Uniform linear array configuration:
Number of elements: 16
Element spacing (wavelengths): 0.75
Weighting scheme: cosine
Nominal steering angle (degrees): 45
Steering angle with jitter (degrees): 44.793
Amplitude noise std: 0.05
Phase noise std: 0.05

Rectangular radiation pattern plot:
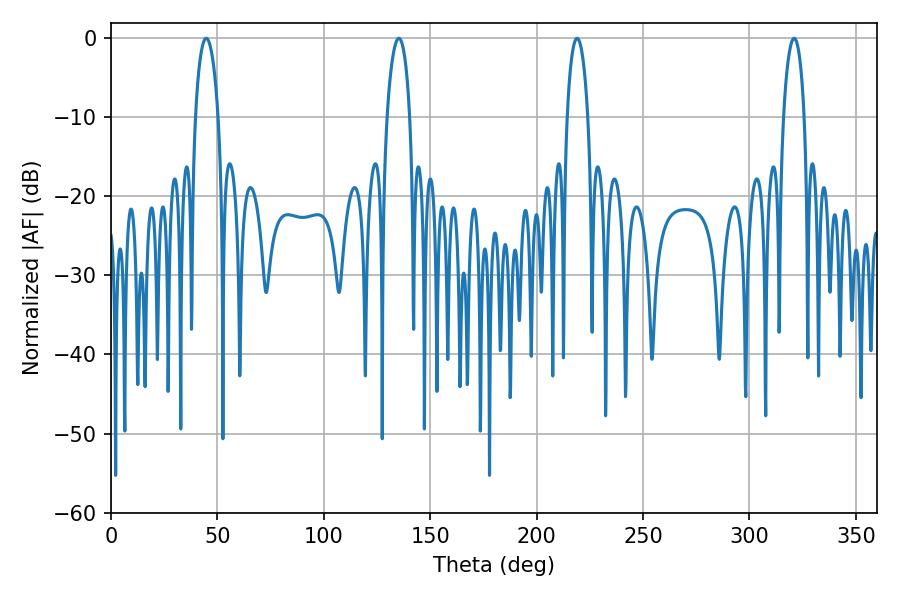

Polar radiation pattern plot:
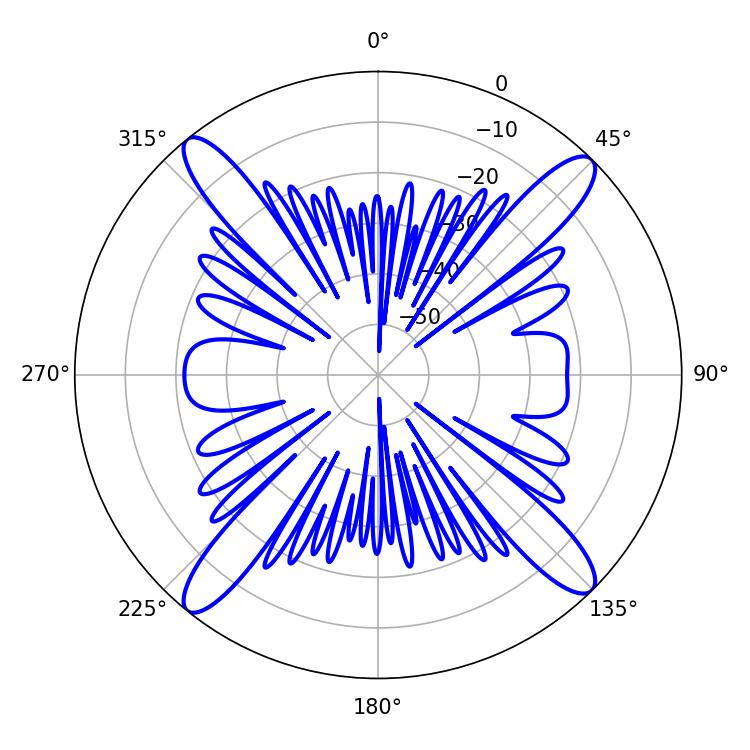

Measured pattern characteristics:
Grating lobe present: TRUE
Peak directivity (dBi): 18.256
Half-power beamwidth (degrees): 5.4
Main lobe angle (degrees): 320.94